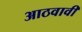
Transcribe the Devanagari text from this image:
आठवावी